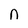
Character: n